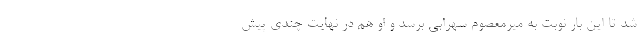
شد تا این بار نوبت به میرمعصوم سهرابی برسد و او هم در نهایت چندی پیش